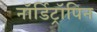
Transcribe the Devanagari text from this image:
नॉर्डिट्रॉपिन